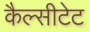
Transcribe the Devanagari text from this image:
कैल्सीटेट